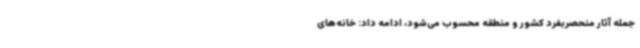
جمله آثار منحصربفرد کشور و منطقه محسوب می‌شود، ادامه داد: خانه‌های